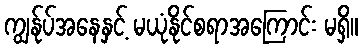
ကျွန်ုပ်အနေနှင့် မယုံနိုင်စရာအကြောင်း မရှိ။